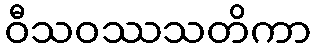
ဝီသဝဿသတိကာ